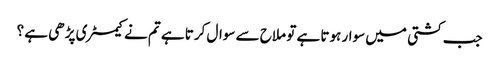
جب کشتی میں سوار ہوتا ہے تو ملاح سے سوال کرتا ہے تم نے کیمسٹری پڑھی ہے ؟